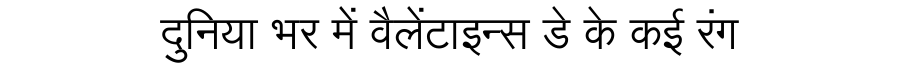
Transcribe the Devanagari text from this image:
दुनिया भर में वैलेंटाइन्स डे के कई रंग